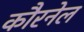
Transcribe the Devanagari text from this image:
कौरनेल